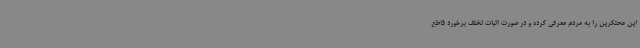
این محتکرین را به مردم معرفی کرده و در صورت اثبات تخلف برخورد قاطع